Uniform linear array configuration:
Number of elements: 4
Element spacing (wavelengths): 0.75
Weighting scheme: exponential
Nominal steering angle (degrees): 15
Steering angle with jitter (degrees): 13.337
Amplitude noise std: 0.05
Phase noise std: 0.05

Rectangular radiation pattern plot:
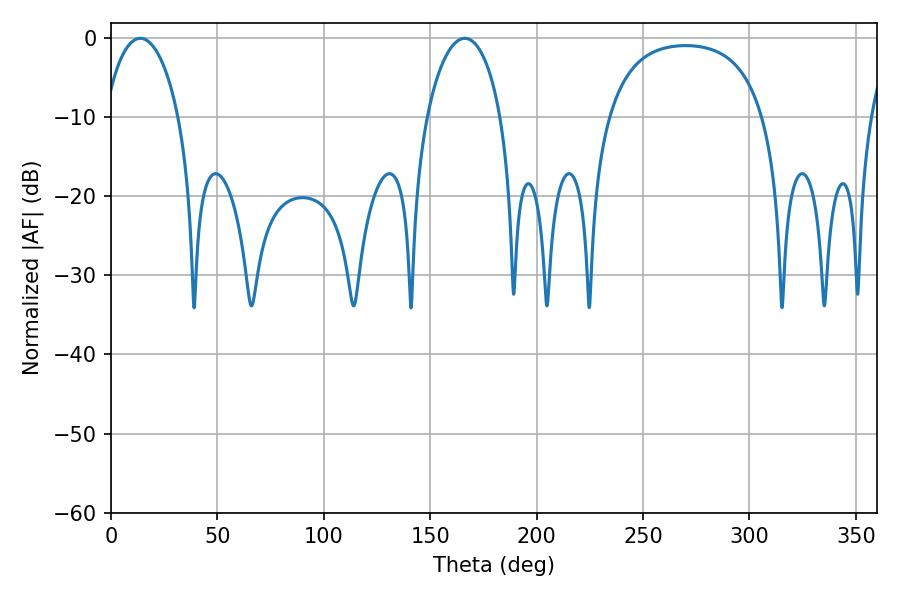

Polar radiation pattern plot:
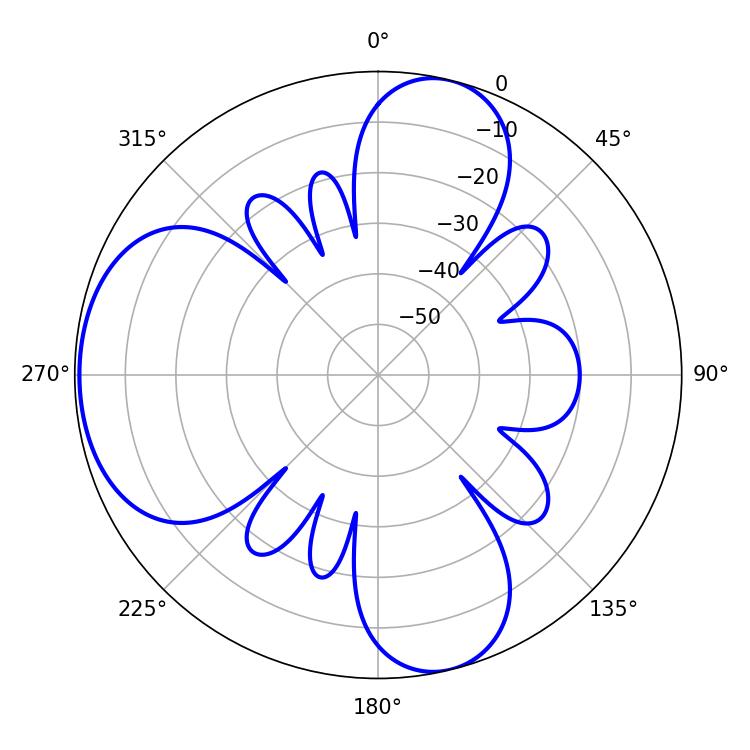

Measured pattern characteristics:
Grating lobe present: TRUE
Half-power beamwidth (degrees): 19.98
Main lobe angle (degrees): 13.68